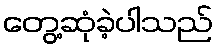
တွေ့ဆုံခဲ့ပါသည်